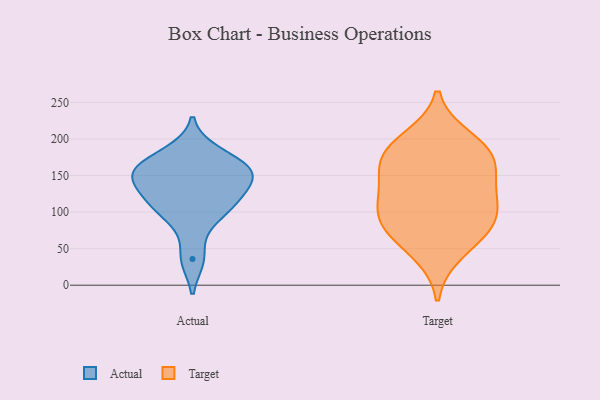
{"axis": {"x": "Conversion Rate (%)", "y": "Value"}, "legend": ["Actual", "Target"], "data": [{"x": "", "y": 130, "type": "Actual"}, {"x": "", "y": 110, "type": "Actual"}, {"x": "", "y": 117, "type": "Actual"}, {"x": "", "y": 152, "type": "Actual"}, {"x": "", "y": 154, "type": "Actual"}, {"x": "", "y": 36, "type": "Actual"}, {"x": "", "y": 159, "type": "Actual"}, {"x": "", "y": 182, "type": "Actual"}, {"x": "", "y": 158, "type": "Actual"}, {"x": "", "y": 90, "type": "Actual"}, {"x": "", "y": 162, "type": "Target"}, {"x": "", "y": 200, "type": "Target"}, {"x": "", "y": 83, "type": "Target"}, {"x": "", "y": 107, "type": "Target"}, {"x": "", "y": 123, "type": "Target"}, {"x": "", "y": 80, "type": "Target"}, {"x": "", "y": 44, "type": "Target"}, {"x": "", "y": 78, "type": "Target"}, {"x": "", "y": 182, "type": "Target"}, {"x": "", "y": 183, "type": "Target"}, {"x": "", "y": 162, "type": "Target"}, {"x": "", "y": 124, "type": "Target"}]}